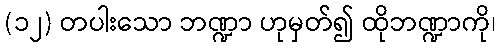
(၁၂) တပါးသော ဘဏ္ဍာ ဟုမှတ်၍ ထိုဘဏ္ဍာကို၊